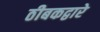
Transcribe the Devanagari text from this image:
ठीबकद्वारे